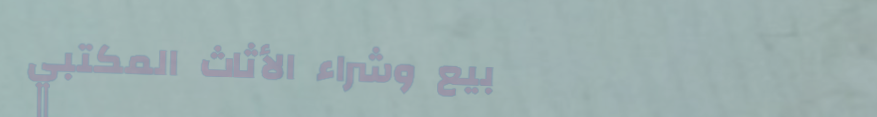
بيع وشراء الأثاث المكتبي